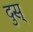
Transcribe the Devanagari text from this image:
दुस्